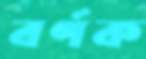
বর্ণক